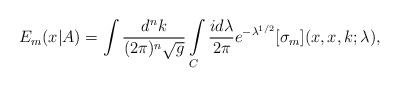
\begin{align*}E_m(x|A)= \int \frac{d^nk}{(2\pi)^n\sqrt{g}} \int \limits_C \frac{id\lambda}{2\pi} e^{-\lambda^{1/2}} [\sigma_m](x,x,k;\lambda),\end{align*}